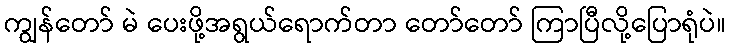
ကျွန်တော် မဲ ပေးဖို့အရွယ်ရောက်တာ တော်တော် ကြာပြီလို့ပြောရုံပဲ။